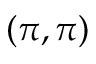
{ ( \pi , \pi ) }